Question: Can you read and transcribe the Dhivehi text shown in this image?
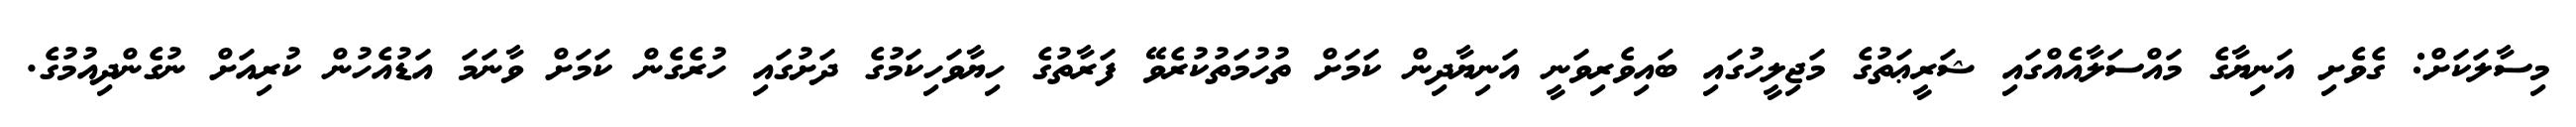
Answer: މިސާލަކަށް: ގެވެށި އަނިޔާގެ މައްސަލާއެއްގައި ޝަރީޢަތުގެ މަޖިލީހުގައި ބައިވެރިވަނީ އަނިޔާދިން ކަމަށް ތުހުމަތުކުރެވޭ ފަރާތުގެ ހިޔާވަހިކަމުގެ ދަށުގައި ހުރެގެން ކަމަށް ވާނަމަ އަޑުއެހުން ކުރިއަށް ނުގެންދިއުމުގެ.